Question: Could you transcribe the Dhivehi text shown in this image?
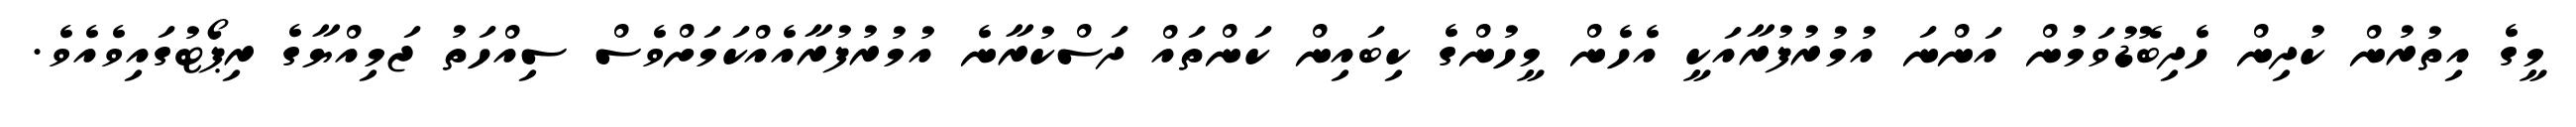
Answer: މީގެ އިތުރުން ކުދިން ހެދިބޮޑުވަމުން އަންނަ އުމުރުފުރާއަކީ އެހެން މީހުންގެ ކިބައިން ކަންތައް ދަސްކުރާނެ އުމުރުފުރާއެއްކަމަށްވެސް ސިއްހަތު ޖަމިއްޔާގެ ރިޕޯޓުގައިވެއެވެ.